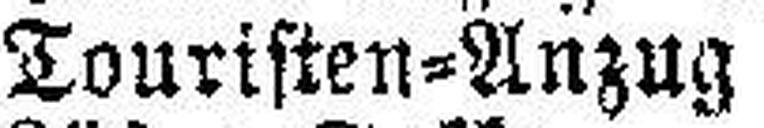
Touristen=Anzug